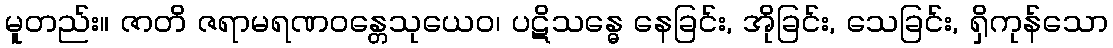
မူတည်း။ ဇာတိ ဇရာမရဏဝန္တေသုယေဝ၊ ပဋိသန္ဓေ နေခြင်း, အိုခြင်း, သေခြင်း, ရှိကုန်သော